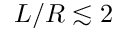
L / R \lesssim 2